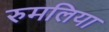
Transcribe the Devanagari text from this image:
रुमलिया